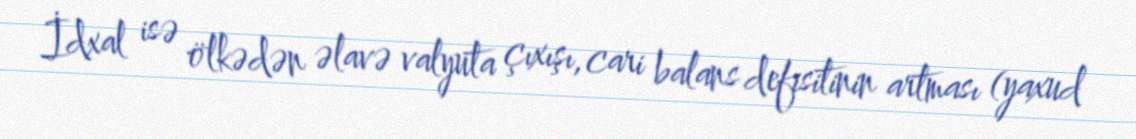
İdxal isə ölkədən əlavə valyuta çıxışı, cari balans defisitinin artması (yaxud